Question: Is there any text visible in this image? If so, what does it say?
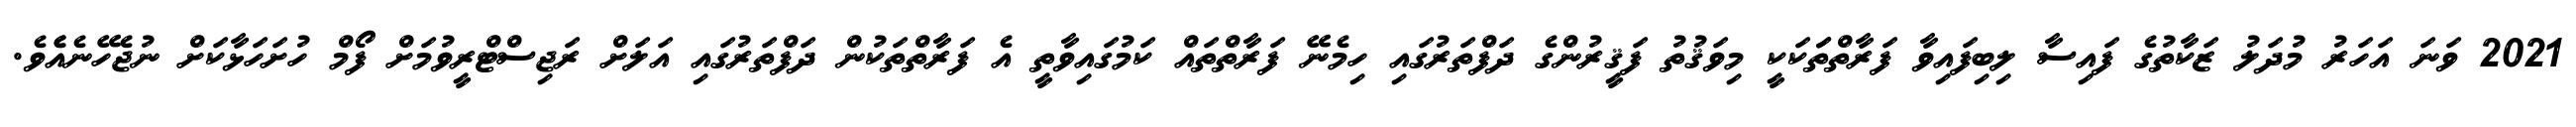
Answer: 2021 ވަނަ އަހަރު މުދަލު ޒަކާތުގެ ފައިސާ ލިބިފައިވާ ފަރާތްތަަކަކީ މިވަޤުތު ފަޤީރުންގެ ދަފްތަރުގައި ހިމެނޭ ފަރާތްތައް ކަމުގައިވާތީ އެ ފަރާތްތަކުން ދަފްތަރުގައި އަލަށް ރަޖިސްޓްރީވުމަށް ފޯމް ހުށަހަޅާކަށް ނުޖެހޭނެއެެވެ.